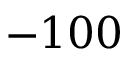
- 1 0 0